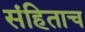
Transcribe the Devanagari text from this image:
संहिताच